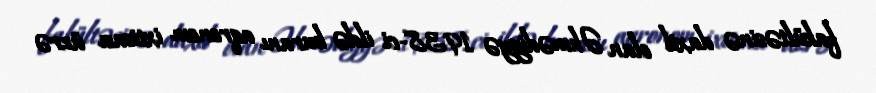
fakültəsinə daxil olan Əhmədiyyə 1938-ci ildə buranı aqronom ixtisası üzrə